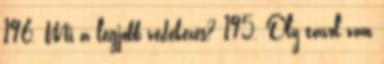
196. Mi a legjobb védekezés? 195. Oly távol van